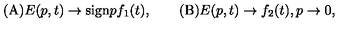
\mathrm { ( A ) } E ( p , t ) \to \mathrm { s i g n } p f _ { 1 } ( t ) , \qquad \mathrm { ( B ) } E ( p , t ) \to f _ { 2 } ( t ) , p \to 0 ,